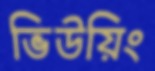
ভিউয়িং